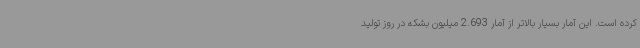
کرده است. این آمار بسیار بالاتر از آمار 2.693 میلیون بشکه در روز تولید